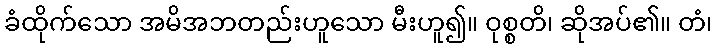
ခံထိုက်သော အမိအဘတည်းဟူသော မီးဟူ၍။ ဝုစ္စတိ၊ ဆိုအပ်၏။ တံ၊